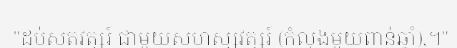
"ដប់សតវត្សរ៍ ជាមួយសហស្សវត្សរ៍ (កំលុងមួយពាន់ឆ្នាំ),។"